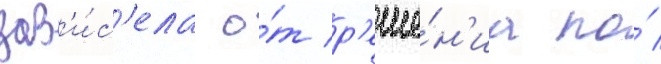
зав'и́с'ела о́т р'еше́н'иа по́